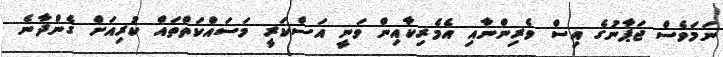
ނަމަވެސް ޖަޕާނުގެ އިސް ވެރިންނާއި އެމެރިކާއިން ވަނީ އަސްކަރީ މަސައްކަތްތައް ކުރިއަށް ގެންދާނެ